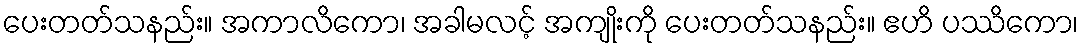
ပေးတတ်သနည်း။ အကာလိကော၊ အခါမလင့် အကျိုးကို ပေးတတ်သနည်း။ ဧဟိ ပဿိကော၊